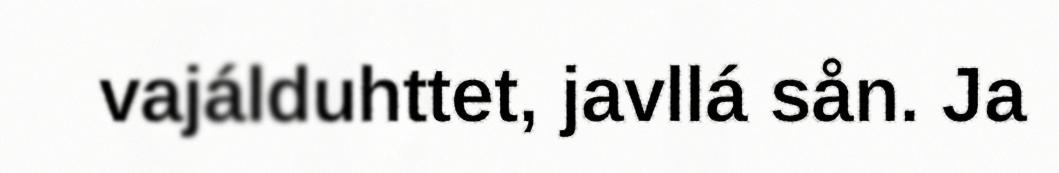
vajálduhttet, javllá sån. Ja